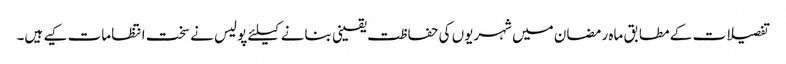
تفصیلات کے مطابق ماہ رمضان میں شہریوں کی حفاظت یقینی بنانے کیلئے پولیس نے سخت انتظامات کیے ہیں۔